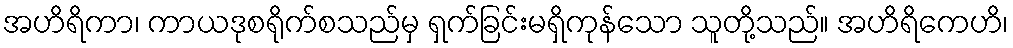
အဟိရိကာ၊ ကာယဒုစရိုက်စသည်မှ ရှက်ခြင်းမရှိကုန်သော သူတို့သည်။ အဟိရိကေဟိ၊